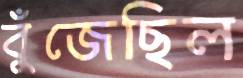
বুঁজেছিল